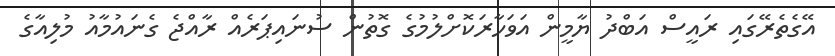
އޭގެތެރޭގައި ރައީސް އަބްދު ޔާމީން އަވަހާރަކޮށްލުމުގެ ގޮތުން ސުނައިޕަރެއް ރާއްޖެ ގެނައުމާއު މުލިއާގެ